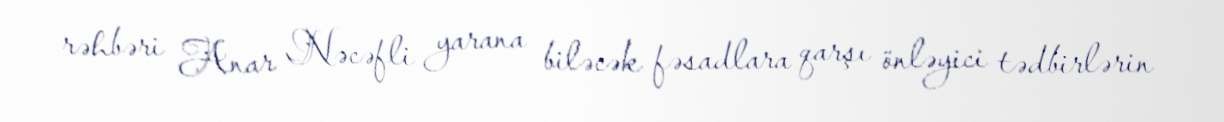
rəhbəri Anar Nəcəfli yarana biləcək fəsadlara qarşı önləyici tədbirlərin